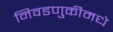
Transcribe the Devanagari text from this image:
निवडणुकीमधे